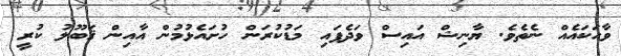
ވާހަކައެއް ނެތެވެ. ޔާނިޝް އައިސް ވަދެފައި މަޑުކުރަން ހުށައެޅުމުން އާއިން ޤަބޫލު ކުރީ